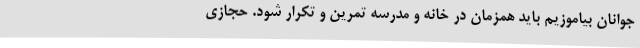
جوانان بیاموزیم باید همزمان در خانه و مدرسه تمرین و تکرار شود. حجازی